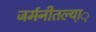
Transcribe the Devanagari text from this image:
जर्मनीतल्या़़